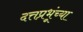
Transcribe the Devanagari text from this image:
दत्तप्रभूंच्या